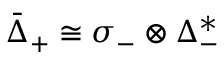
{ \bar { \Delta } } _ { + } \cong \sigma _ { - } \otimes \Delta _ { - } ^ { * }